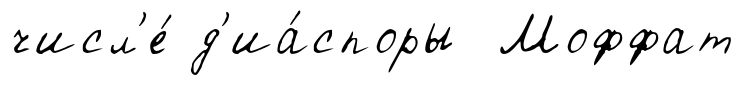
числ'е́ д'иа́споры Моффат